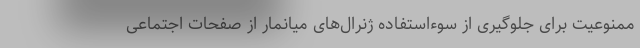
ممنوعیت برای جلوگیری از سوءاستفاده ژنرال‌های میانمار از صفحات اجتماعی